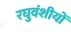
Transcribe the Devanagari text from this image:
रघुवंशीयों